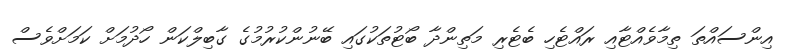
އިންސައްތަ ތިމާވެއްޓާއި ރައްޓެހި ބެޓެރި މަތިންދާ ބޯޓުތަކުގައި ބޭނުންކުރުމުގެ ގާބިލްކަން ހޯދުމަށް ކަމަށްވެސް